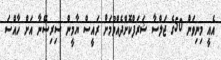
އެއީ މިނިވަން 50ގެ ޖަލްސާ ޝަރަފްކޮށްދެއްވުމަށް ރައީސް ޔާމީން ސިރިސޭނާ އަށް ހާއްސަ